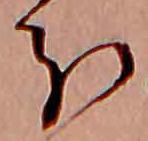
分